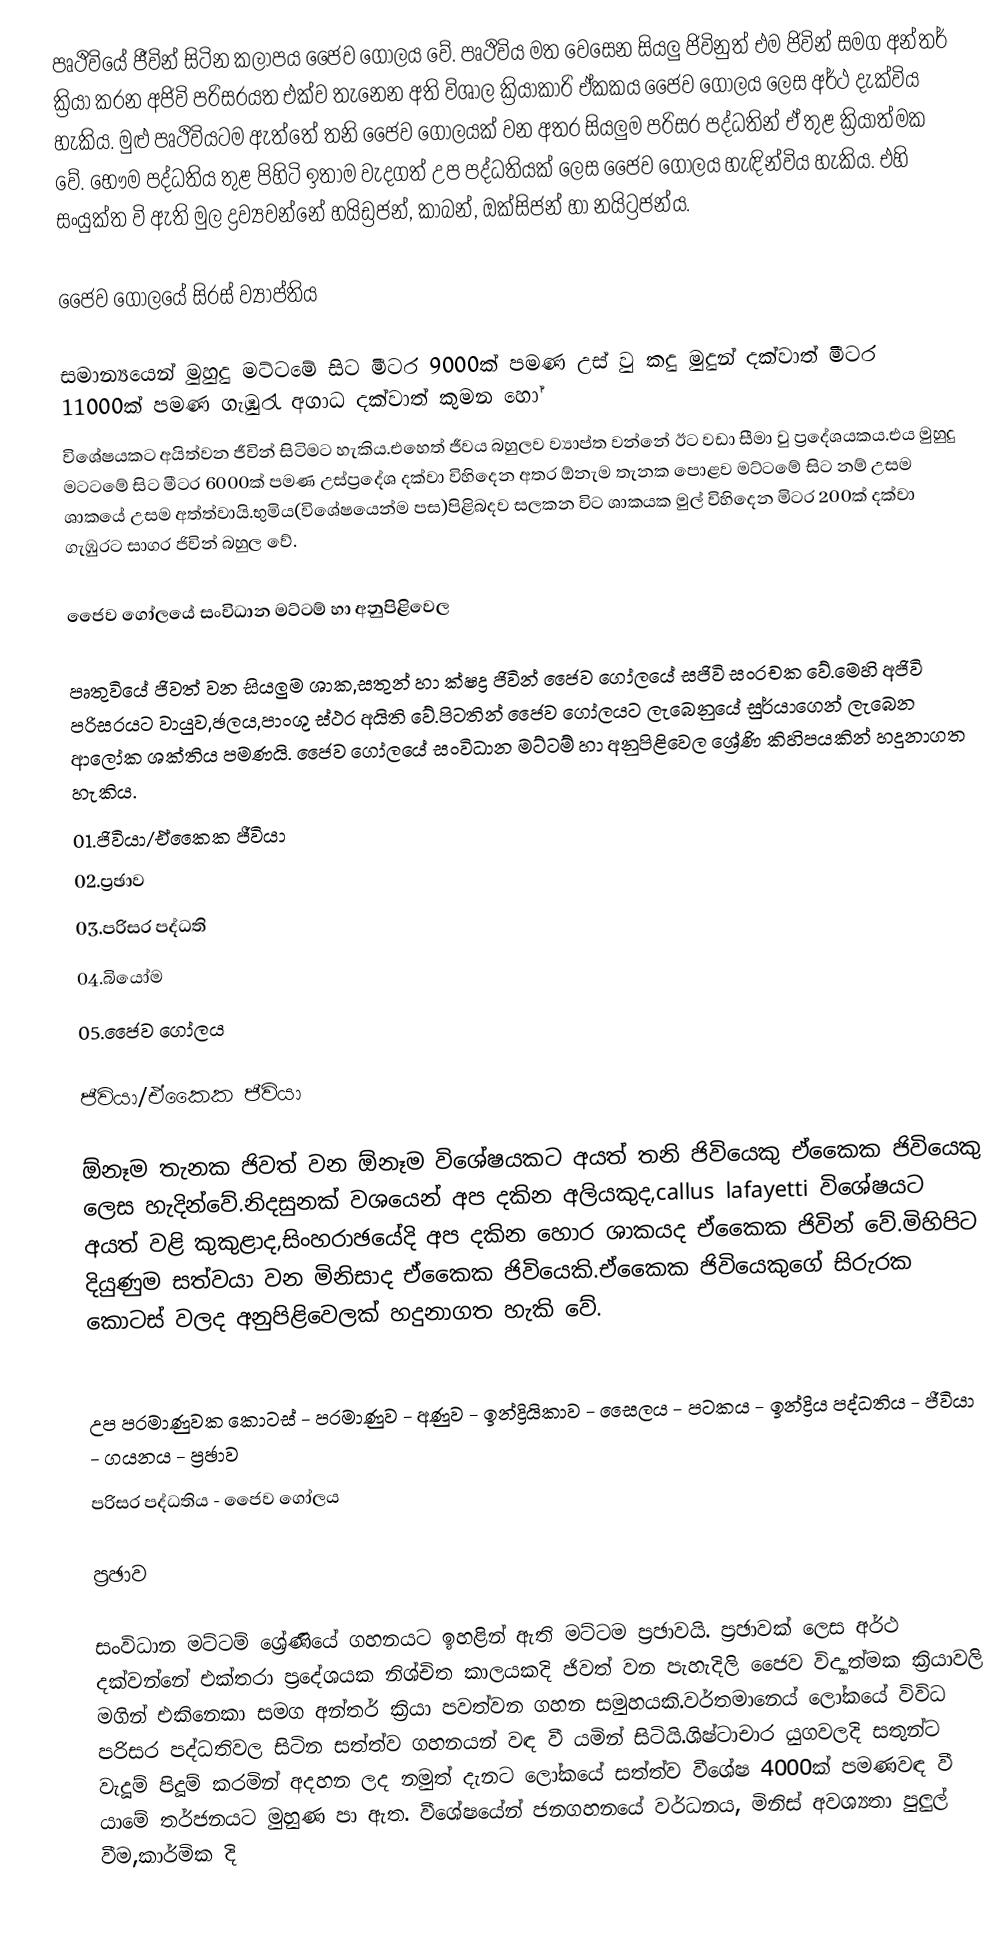
පෘථිවියේ ජීවින් සිටින කලාපය ජෛව ගෝලය වේ. පෘථිවිය මත වෙසෙන සියලු ජිවිනුත් එම ජිවින් සමග අන්තර් ක්‍රියා කරන අජිවි පරිසරයත එක්ව තැනෙන අති විශාල ක්‍රියාකාරි ඒකකය ජෛව ගෝලය ලෙස අර්ථ දැක්විය හැකිය. මුළු පෘථිවියටම ඇත්තේ තනි ජෛව ගෝලයක් වන අතර සියලුම පරිසර පද්ධතින්  ඒ තුළ ක්‍රියාත්මක වේ. භෞම පද්ධතිය තුළ පිහිටි ඉතාම වැදගත් උප පද්ධතියක් ලෙස ජෛව ගෝලය හැඳින්විය හැකිය. එහි සංයුක්ත වි ඇති මුල ද්‍රව්‍යවන්නේ හයිඩ්‍රජන්, කාබන්, ඔක්සිජන් හා නයිට්‍රජන්ය.

ජෛව ගෝලයේ සිරස් ව්‍යාප්තිය

සමාන්‍යයෙන් මුහුදු මට්ටමේ සිට මීටර 9000ක් පමණ උස් වු කදු මුදුන් දක්වාත් මීටර 11000ක් පමණ ගැඹුරැ අගාධ දක්වාත් කුමන හෝ
විශේෂයකට අයිත්වන ජීවින් සිටිමට හැකිය.එහෙත් ජීවය බහුලව ව්‍යාප්ත වන්නේ ඊට වඩා සීමා වු ප්‍රදේශයකය.එය මුහුදු මටටමේ සිට මීටර 6000ක් පමණ උස්ප්‍රදේශ දක්වා විහිදෙන අතර ඕනැම තැනක පොළව මට්ටමේ සිට නම් උසම ශාකයේ උසම අත්ත්වායි.භුමිය(විශේෂයෙන්ම පස)පිළිබදව සලකන විට ශාකයක මුල් විහිදෙන මිටර 200ක් දක්වා ගැඹුරට සාගර ජිවින් බහුල වේ.

ජෛව ගෝලයේ සංවිධාන මට්ටම් හා අනුපිළිවෙල

පෘතුවියේ ජිවත් වන සියලුම ශාක,සතුන් හා ක්ෂද්‍ර ජිවින් ජෛව ගෝලයේ සජිවි සංරචක වේ.මෙහි අජිවි පරිසරයට වායුව,ඡලය,පාංශු ස්ථර අයිති වේ.පිටතින් ජෛව ගෝලයට ලැබෙනුයේ සුර්යාගෙන් ලැබෙන ආලෝක ශක්තිය පමණයි.                                               ජෛව ගෝලයේ සංවිධාන මට්ටම් හා අනුපිළිවෙල ශ්‍රේණි කිහිපයකින් හදුනාගත හැකිය.
01.ජිවියා/ඒකෛක ජීවියා
02.ප්‍රඡාව
03.පරිසර පද්ධති
04.බියෝම
05.ජෛව ගෝලය

ජීවියා/ඒකෛක ජී‍වියා

ඕනෑම තැනක ජිවත් වන ඕනෑම විශේෂයකට අයත් තනි  ජිවියෙකු ඒ‍කෛක ජිවියෙකු ලෙස හැදින්වේ.නිදසුනක් වශයෙන් අප දකින අලියකුද,callus lafayetti විශේෂයට අයත් වළි කුකුළාද,සිංහරාඡයේදි අප දකින හොර ශාකයද ඒකෛක ජිවින් වේ.මිහිපිට දියුණුම සත්වයා වන මිනිසාද ඒකෛක ජිවියෙකි.ඒකෛක ජිවියෙකුගේ සිරුරක කොටස් ‍වලද අනුපිළිවෙලක් හදුනාගත හැකි වේ.

උප පරමාණුවක කොටස් - පරමාණුව - අණුව - ඉන්ද්‍රියිකාව - සෛලය - පටකය - ඉන්ද්‍රිය පද්ධතිය - ජීවියා -  ගයනය - ප්‍රඡාව
පරිසර පද්ධතිය - ජෛව ගෝලය

ප්‍රඡාව

සංවිධාන මට්ටම් ශ්‍රේණියේ ගහනයට ඉහළින් ඇති මට්ටම ප්‍රඡාවයි. ප්‍රඡාවක් ලෙස අර්ථ දක්වන්නේ එක්තරා ප්‍රදේශයක නිශ්චිත කාලයකදි ජිවත් වන පැහැදිලි ‍ජෛව විද්‍යාත්මක ක්‍රියාවලි මගින් එකිනෙකා සමග අන්තර් ක්‍රියා පවත්වන ගහන සමුහයකි.වර්තමානෙය් ලෝකයේ විවිධ පරිසර පද්ධතිවල සිටින සත්ත්ව ගහනයන් වඳ වී යමින් සිටියි.ශිෂ්ටාචාර යුගවලදි සතුන්ට වැදූම් පිදූම් කරමින් අදහන ලද නමුත් දැනට ලෝකයේ සත්ත්ව වීශේෂ 4000ක් පමණවඳ වී යාමේ තර්ජනයට මුහුණ පා ඇත. වීශේෂයේන් ජනගහනයේ වර්ධනය, මිනිස් අවශ්‍යතා පුලුල් වීම,කාර්මික දි